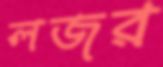
লজর